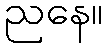
ညနေ။